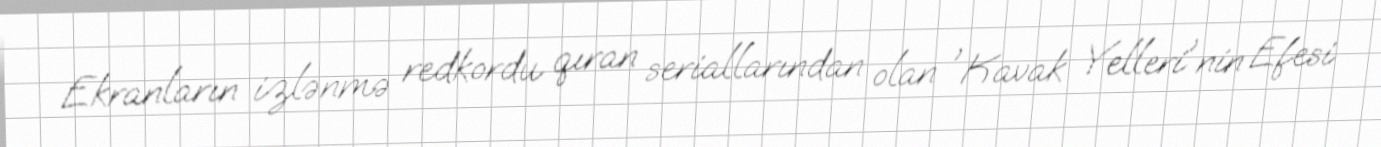
Ekranların izlənmə redkordu qıran seriallarından olan 'Kavak Yelleri'nin Efesi